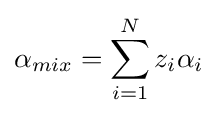
\alpha _{mix}=\sum _{i=1}^{N}z_{i}\alpha _{i}